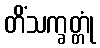
တိံသက္ခတ္တုံ